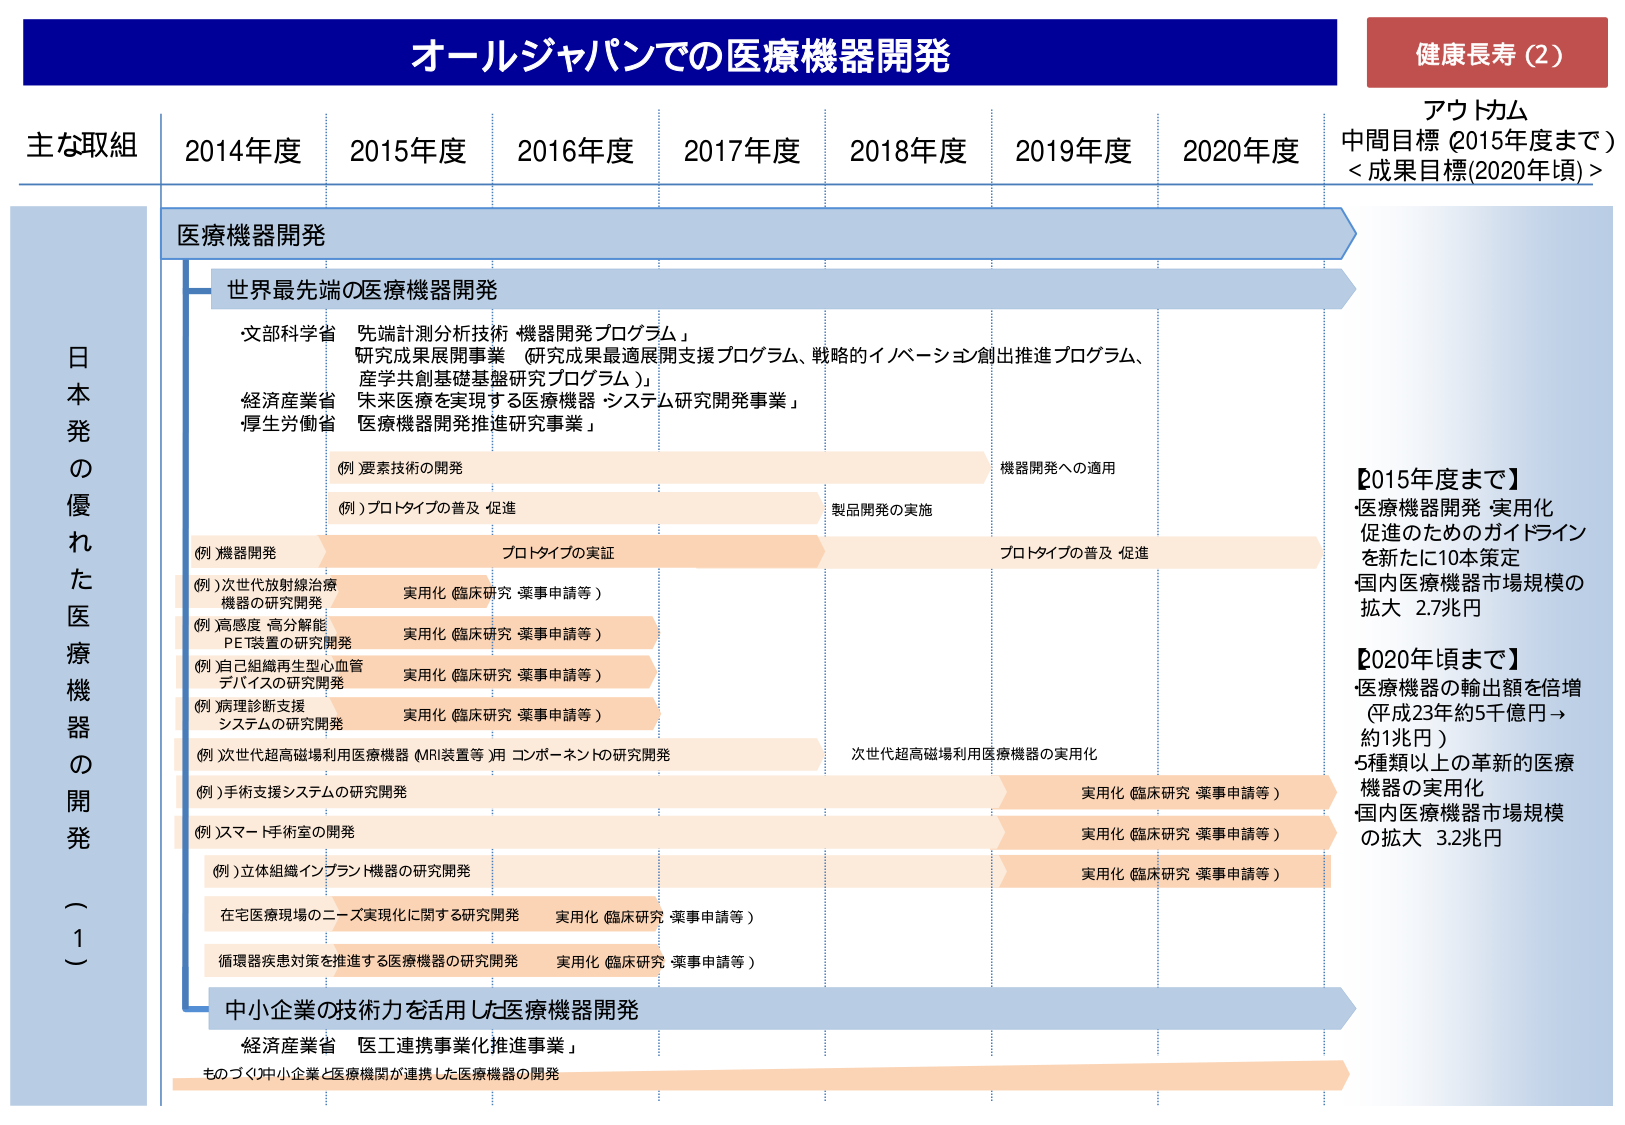
オールジャパンでの医療機器開発

健康長寿（2）

アウトカム
中間目標（2015年度まで）
＜成果目標（2020年頃）＞

主な取組　2014年度　2015年度　2016年度　2017年度　2018年度　2019年度　2020年度

日本発の優れた医療機器の開発（1）

医療機器開発

世界最先端の医療機器開発

・文部科学省　先端計測分析技術「機器開発プログラム」
研究成果展開事業（研究成果最適展開支援プログラム、戦略的イノベーション創出推進プログラム、
産学共創基礎基盤研究プログラム）」

・経済産業省　未来医療を実現する医療機器・システム研究開発事業」

・厚生労働省　医療機器開発推進研究事業」

（例）要素技術の開発